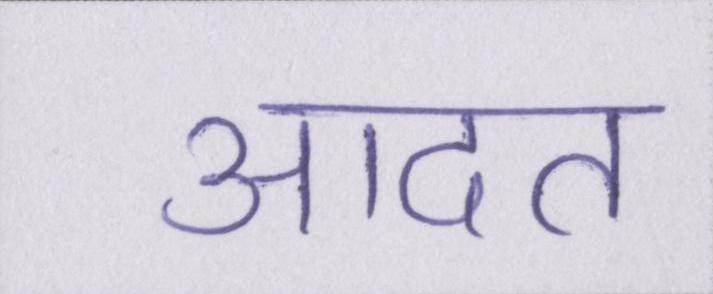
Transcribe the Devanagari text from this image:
आदत